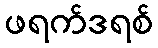
ဖရက်ဒရစ်